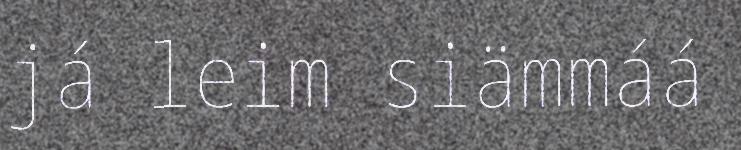
já leim siämmáá